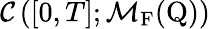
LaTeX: \mathcal{C}\left([0,T];\mathcal{M}_{\mathrm{F}}(\mathrm{Q})\right)